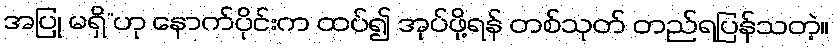
အပြု မရှိ”ဟု နောက်ပိုင်းက ထပ်၍ အုပ်ဖို့ရန် တစ်သုတ် တည်ရပြန်သတဲ့။